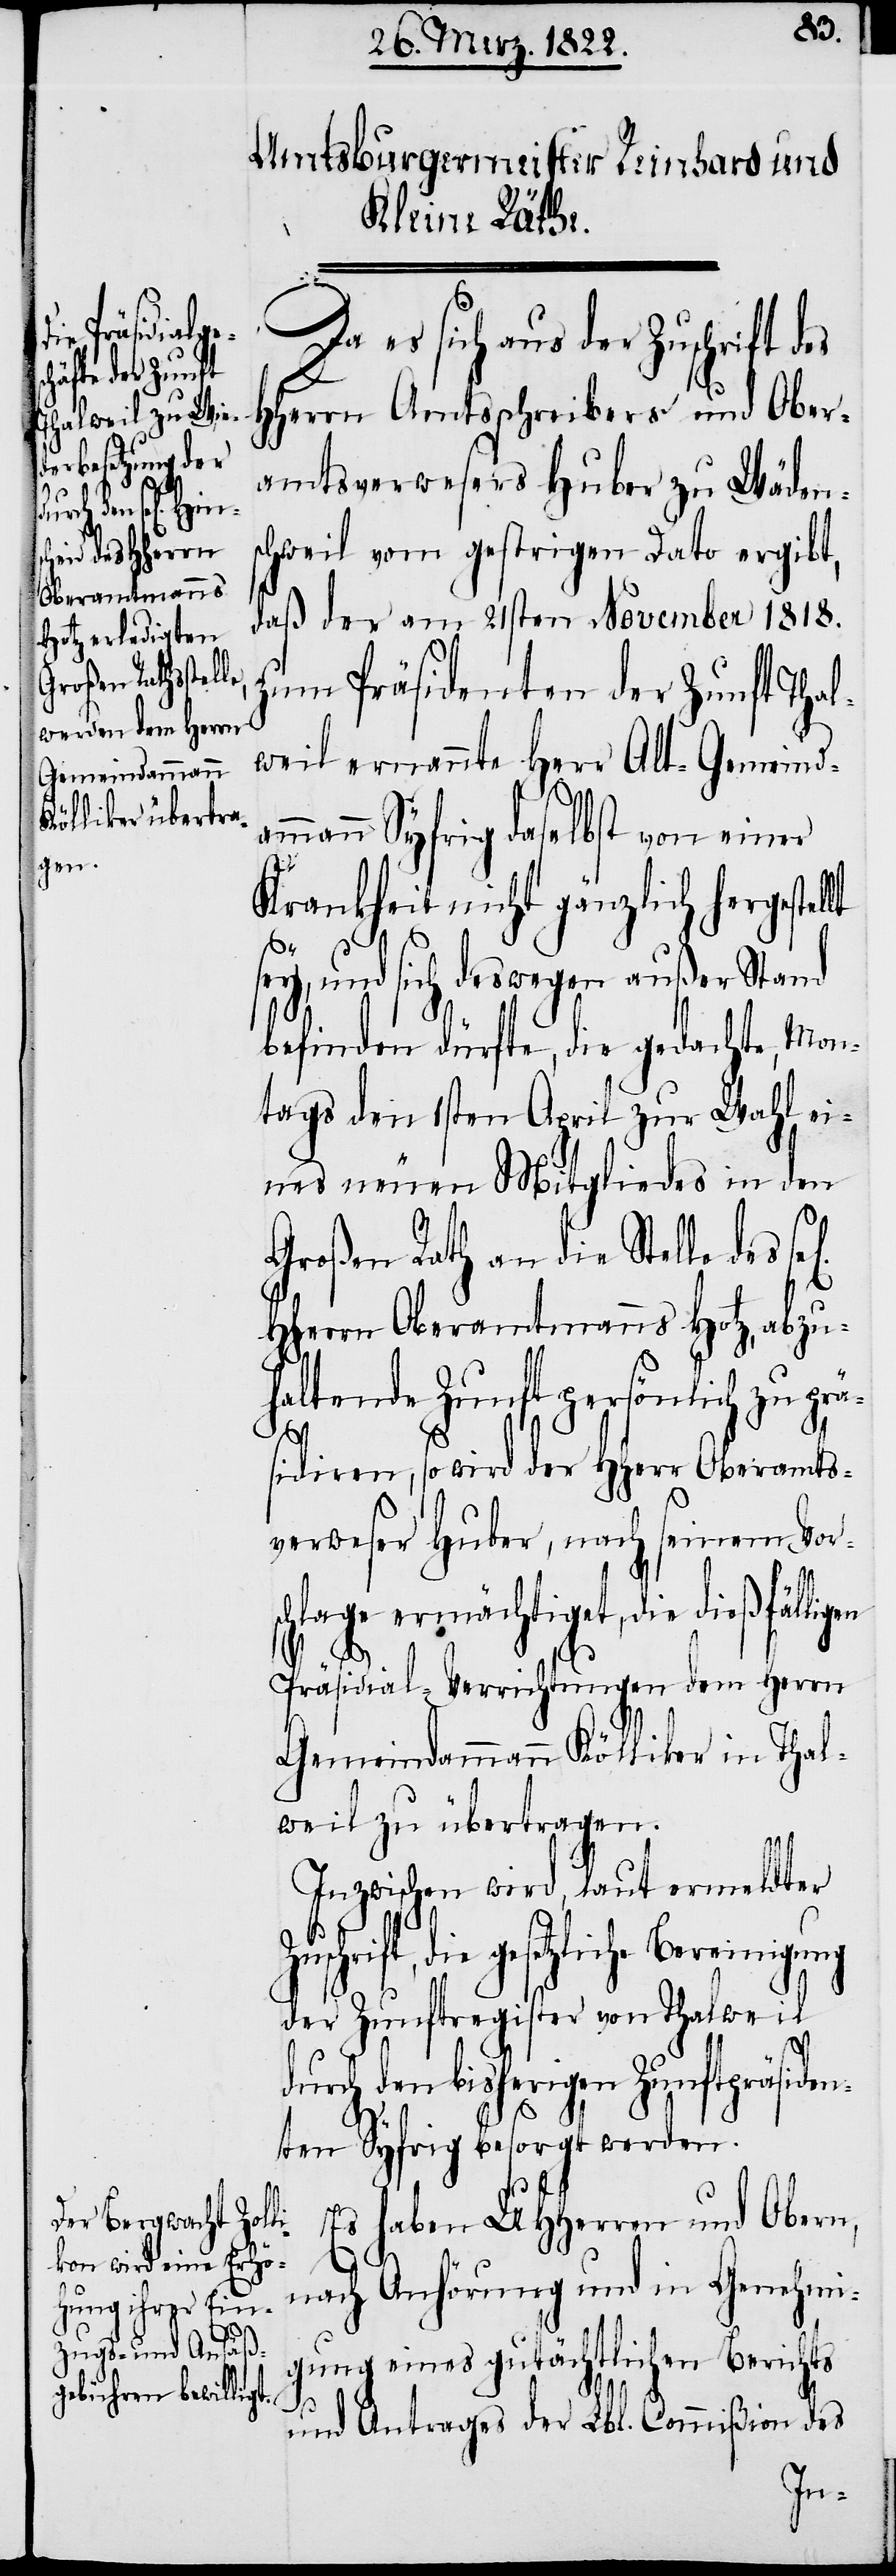
ä¬
gen
lt

Da es sich aus der Zuschrift
HHerrn Amtsschreibers und Ober¬
amtsverwesers Huber zu Wäden¬
schweil vom gestrigen Dato ergibt,
daß der am 21sten November 1818.
zum Präsidenten der Zunft Thal¬
weil ernannte Herr Alt-Gemeind¬
ammann Syfrig daselbst von einer
Krankheit nicht gänzlich hergesel¬
sey, und sich deswegen außer Stand
befinden dürfte, die gedachte, Mon¬
tags den 1sten April zur Wahl ei¬
nes neuen Mitgliedes in den
Großen Rath an die Stelle des
HHerrn Oberamtmanns Hotz, abzu¬
haltende Zunft persönlich zu pr¬
sidiren, so wird der HHerr Oberamts¬
verweser Huber, nach seinem Vor¬
schlage ermächtiget, die dießfälli¬
Präsidial-Verrichtungen dem Herrn
Gemeindammann Kölliker in Thal¬
weil zu übertragen.
Inzwischen wird, laut ermeldter
gesetzliche Bereinigu¬
der Zunftregister von Thalweil
durch den bisherigen Zunftpräsiden¬
ten Syfrig besorgt werden.
ng